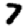
Digit: 7